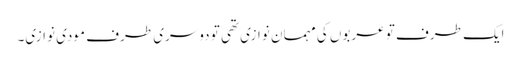
ایک طرف تو عربوں کی مہمان نوازی تھی تو دوسری طرف مودی نوازی۔